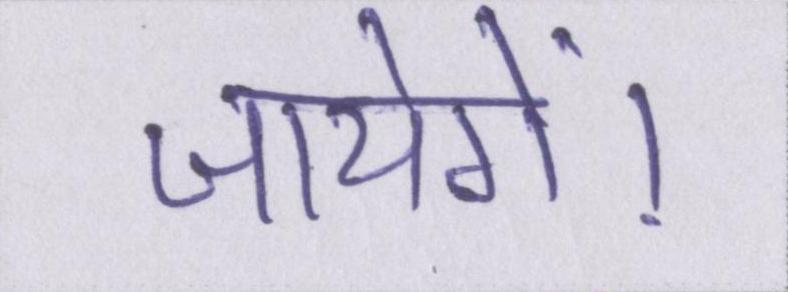
जायेगें।